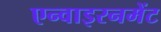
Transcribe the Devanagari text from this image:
एन्वाइरनमेंट